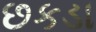
છકડા